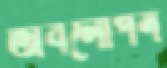
অবলোপন